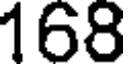
168